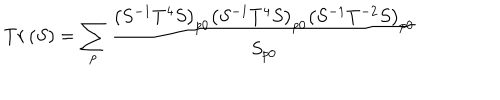
T r \left( S \right) = \sum _ { p } \frac { \left( S ^ { - 1 } T ^ { 4 } S \right) _ { p 0 } \left( S ^ { - 1 } T ^ { 4 } S \right) _ { p 0 } \left( S ^ { - 1 } T ^ { - 2 } S \right) _ { p 0 } } { S _ { p 0 } }